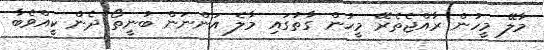
މާލޭ މީހުން ރާއްޖެތެރޭ މީހުން ގާތުގައި މާލެ އަންނަން ބުނީތޯ ދެން ކީއްވެބާ